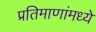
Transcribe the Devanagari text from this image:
प्रतिमाणांमध्ये